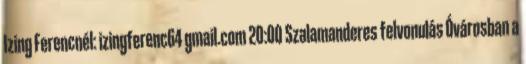
Izing Ferencnél: izingferenc64 gmail.com 20:00 Szalamanderes felvonulás Óvárosban a